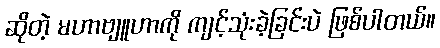
ဆိုတဲ့ မဟာဗျူဟာကို ကျင့်သုံးခဲ့ခြင်းပဲ ဖြစ်ပါတယ်။